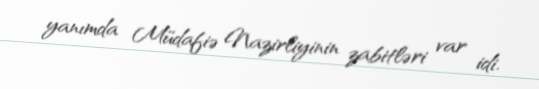
yanımda Müdafiə Nazirliyinin zabitləri var idi.